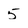
Character: 5